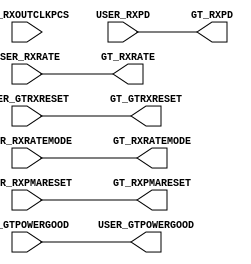
//------------------------------------------------------------------------------
//  (c) Copyright 2013-2015 Xilinx, Inc. All rights reserved.
//
//  This file contains confidential and proprietary information
//  of Xilinx, Inc. and is protected under U.S. and
//  international copyright and other intellectual property
//  laws.
//
//  DISCLAIMER
//  This disclaimer is not a license and does not grant any
//  rights to the materials distributed herewith. Except as
//  otherwise provided in a valid license issued to you by
//  Xilinx, and to the maximum extent permitted by applicable
//  law: (1) THESE MATERIALS ARE MADE AVAILABLE "AS IS" AND
//  WITH ALL FAULTS, AND XILINX HEREBY DISCLAIMS ALL WARRANTIES
//  AND CONDITIONS, EXPRESS, IMPLIED, OR STATUTORY, INCLUDING
//  BUT NOT LIMITED TO WARRANTIES OF MERCHANTABILITY, NON-
//  INFRINGEMENT, OR FITNESS FOR ANY PARTICULAR PURPOSE; and
//  (2) Xilinx shall not be liable (whether in contract or tort,
//  including negligence, or under any other theory of
//  liability) for any loss or damage of any kind or nature
//  related to, arising under or in connection with these
//  materials, including for any direct, or any indirect,
//  special, incidental, or consequential loss or damage
//  (including loss of data, profits, goodwill, or any type of
//  loss or damage suffered as a result of any action brought
//  by a third party) even if such damage or loss was
//  reasonably foreseeable or Xilinx had been advised of the
//  possibility of the same.
//
//  CRITICAL APPLICATIONS
//  Xilinx products are not designed or intended to be fail-
//  safe, or for use in any application requiring fail-safe
//  performance, such as life-support or safety devices or
//  systems, Class III medical devices, nuclear facilities,
//  applications related to the deployment of airbags, or any
//  other applications that could lead to death, personal
//  injury, or severe property or environmental damage
//  (individually and collectively, "Critical
//  Applications"). Customer assumes the sole risk and
//  liability of any use of Xilinx products in Critical
//  Applications, subject only to applicable laws and
//  regulations governing limitations on product liability.
//
//  THIS COPYRIGHT NOTICE AND DISCLAIMER MUST BE RETAINED AS
//  PART OF THIS FILE AT ALL TIMES.
//------------------------------------------------------------------------------

// ***************************
// * DO NOT MODIFY THIS FILE *
// ***************************

`timescale 1ps/1ps

module gtwizard_ultrascale_v1_7_3_gthe4_delay_powergood # (
  parameter C_USER_GTPOWERGOOD_DELAY_EN = 0,
  parameter C_PCIE_ENABLE = "FALSE"
)(
  input wire GT_RXOUTCLKPCS,

  input wire GT_GTPOWERGOOD,
  input wire [2:0] USER_RXRATE,
  input wire USER_RXRATEMODE,
  input wire USER_GTRXRESET,
  input wire USER_RXPMARESET,
  input wire [1:0] USER_RXPD,

  output wire USER_GTPOWERGOOD,
  output wire [2:0] GT_RXRATE,
  output wire GT_RXRATEMODE,
  output wire GT_GTRXRESET,
  output wire GT_RXPMARESET,
  output wire [1:0] GT_RXPD
);

generate if (C_PCIE_ENABLE || (C_USER_GTPOWERGOOD_DELAY_EN == 0))
begin : gen_powergood_nodelay
  assign GT_RXPD          = USER_RXPD;
  assign GT_GTRXRESET     = USER_GTRXRESET;
  assign GT_RXPMARESET    = USER_RXPMARESET;
  assign GT_RXRATE        = USER_RXRATE;
  assign GT_RXRATEMODE    = USER_RXRATEMODE;
  assign USER_GTPOWERGOOD = GT_GTPOWERGOOD;
end
else
begin: gen_powergood_delay
  (* ASYNC_REG = "TRUE", SHIFT_EXTRACT = "NO" *) reg [4:0] intclk_rrst_n_r;
  reg [3:0] wait_cnt;
  (* KEEP = "TRUE" *) reg pwr_on_fsm = 1'b0;
  wire intclk_rrst_n;
  
  //--------------------------------------------------------------------------
  //  POWER ON FSM Encoding
  //-------------------------------------------------------------------------- 
  localparam PWR_ON_WAIT_CNT           = 4'd0;
  localparam PWR_ON_DONE               = 4'd1; 
  
  //--------------------------------------------------------------------------------------------------
  //  Reset Synchronizer
  //--------------------------------------------------------------------------------------------------
  always @ (posedge GT_RXOUTCLKPCS or negedge GT_GTPOWERGOOD)
  begin
      if (!GT_GTPOWERGOOD)
          intclk_rrst_n_r <= 5'd0;
      else if(!pwr_on_fsm)
          intclk_rrst_n_r <= {intclk_rrst_n_r[3:0], 1'd1}; 
  end

  assign intclk_rrst_n = intclk_rrst_n_r[4];

  //--------------------------------------------------------------------------------------------------
  //  Wait counter 
  //--------------------------------------------------------------------------------------------------
  always @ (posedge GT_RXOUTCLKPCS)
  begin
    if (!intclk_rrst_n)
    	wait_cnt <= 4'd0;
    else begin
    	if (pwr_on_fsm == PWR_ON_WAIT_CNT)
    		wait_cnt <= wait_cnt + 4'd1;
    	else
    		wait_cnt <= 4'd9;
    end
  end

  //--------------------------------------------------------------------------------------------------
  // Power On FSM
  //--------------------------------------------------------------------------------------------------

  always @ (posedge GT_RXOUTCLKPCS or negedge GT_GTPOWERGOOD)
  begin
    if (!GT_GTPOWERGOOD)
    begin
      pwr_on_fsm <= PWR_ON_WAIT_CNT;
    end
    else begin
      case (pwr_on_fsm)
        PWR_ON_WAIT_CNT :
          begin
            pwr_on_fsm <= (wait_cnt[3] == 1'b1) ? PWR_ON_DONE : PWR_ON_WAIT_CNT;
          end 

        PWR_ON_DONE :
          begin
            pwr_on_fsm <= PWR_ON_DONE;
          end

        default :
        begin
          pwr_on_fsm <= PWR_ON_WAIT_CNT;
        end
      endcase
    end
  end

  assign GT_RXPD          = pwr_on_fsm ? USER_RXPD : 2'b11;
  assign GT_GTRXRESET     = pwr_on_fsm ? USER_GTRXRESET : !GT_GTPOWERGOOD;
  assign GT_RXPMARESET    = pwr_on_fsm ? USER_RXPMARESET : 1'b0;
  assign GT_RXRATE        = pwr_on_fsm ? USER_RXRATE : 3'b001;
  assign GT_RXRATEMODE    = pwr_on_fsm ? USER_RXRATEMODE : 1'b1;
  assign USER_GTPOWERGOOD = pwr_on_fsm; 

end
endgenerate

endmodule